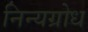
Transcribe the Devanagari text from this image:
निन्यग्रोध